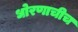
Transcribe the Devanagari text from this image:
धोरणाचीच